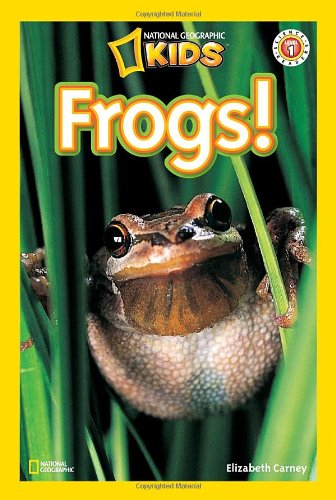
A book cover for National Geographic Readers: Frogs!; Elizabeth Carney; Children's Books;